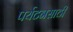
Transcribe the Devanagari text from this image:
पर्यटनसाठी